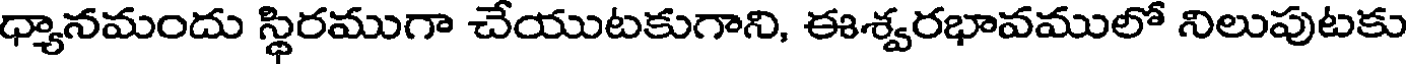
ధ్యానమందు స్థిరముగా చేయుటకుగాని, ఈశ్వరభావములో నిలుపుటకు